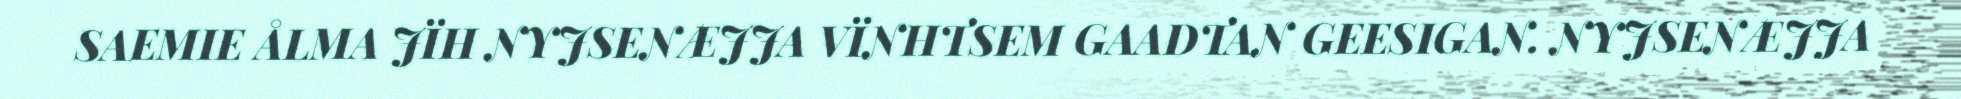
SAEMIE ÅLMA JÏH NYJSENÆJJA VÏNHTSEM GAADTAN GEESIGAN. NYJSENÆJJA